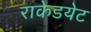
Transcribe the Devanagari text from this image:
राकेडयेट